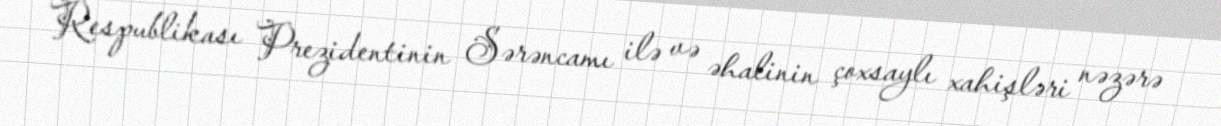
Respublikası Prezidentinin Sərəncamı ilə və əhalinin çoxsaylı xahişləri nəzərə